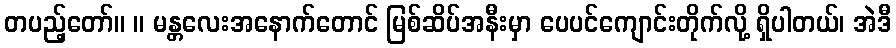
တပည့်တော်။ ။ မန္တလေးအနောက်တောင် မြစ်ဆိပ်အနီးမှာ ပေပင်ကျောင်းတိုက်လို့ ရှိပါတယ်၊ အဲဒီ